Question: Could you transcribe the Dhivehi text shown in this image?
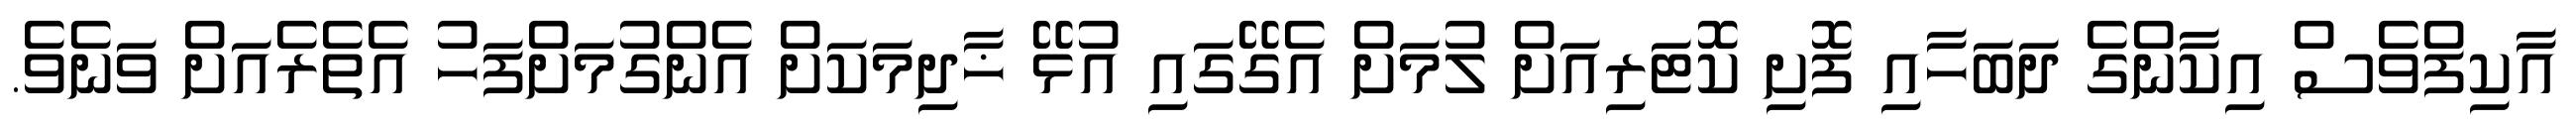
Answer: އާކިފްވެސް އިކާންގެ ދަބަހާއި ފޮށި ކޮޓަރިއަށް ލުމަށް އެގޭގައި އުޅޭ ޚާދިމަކަށް އެންގުމަށްފަހު އެތެރެއަށް ވަނެވެ.